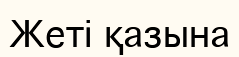
Жеті қазына